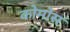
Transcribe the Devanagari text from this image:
कोमोस